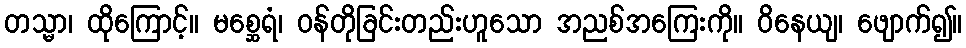
တသ္မာ၊ ထိုကြောင့်။ မစ္ဆေရံ၊ ဝန်တိုခြင်းတည်းဟူသော အညစ်အကြေးကို။ ဝိနေယျ၊ ဖျောက်၍။